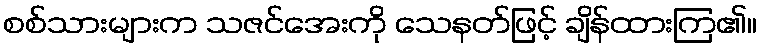
စစ်သားများက သဇင်အေးကို သေနတ်ဖြင့် ချိန်ထားကြ၏။